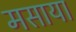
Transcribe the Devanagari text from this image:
मसाया